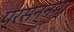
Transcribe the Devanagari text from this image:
प्रसन्नम्‌।